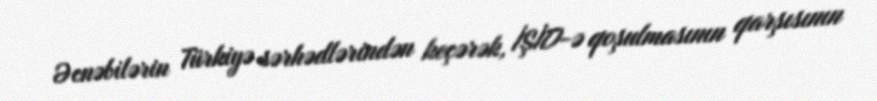
Əcnəbilərin Türkiyə sərhədlərindən keçərək, İŞİD-ə qoşulmasının qarşısının